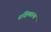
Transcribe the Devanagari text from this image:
दक्षिणास्यां